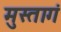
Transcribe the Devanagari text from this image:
मुस्तागं